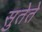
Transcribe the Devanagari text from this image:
सुतेते